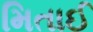
મિતાઈ